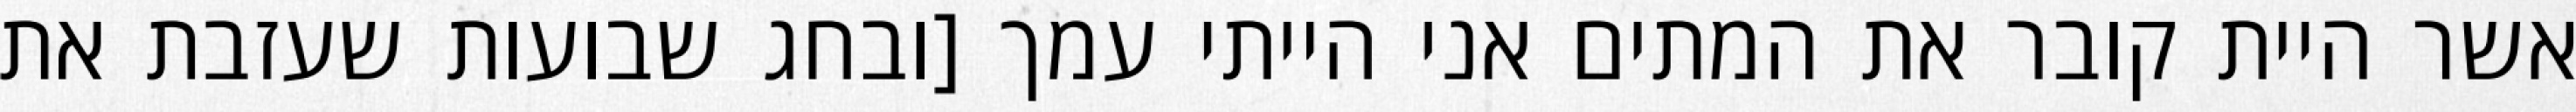
אשר היית קובר את המתים אני הייתי עמך [ובחג שבועות שעזבת את